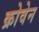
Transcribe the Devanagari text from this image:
क्रोवेन